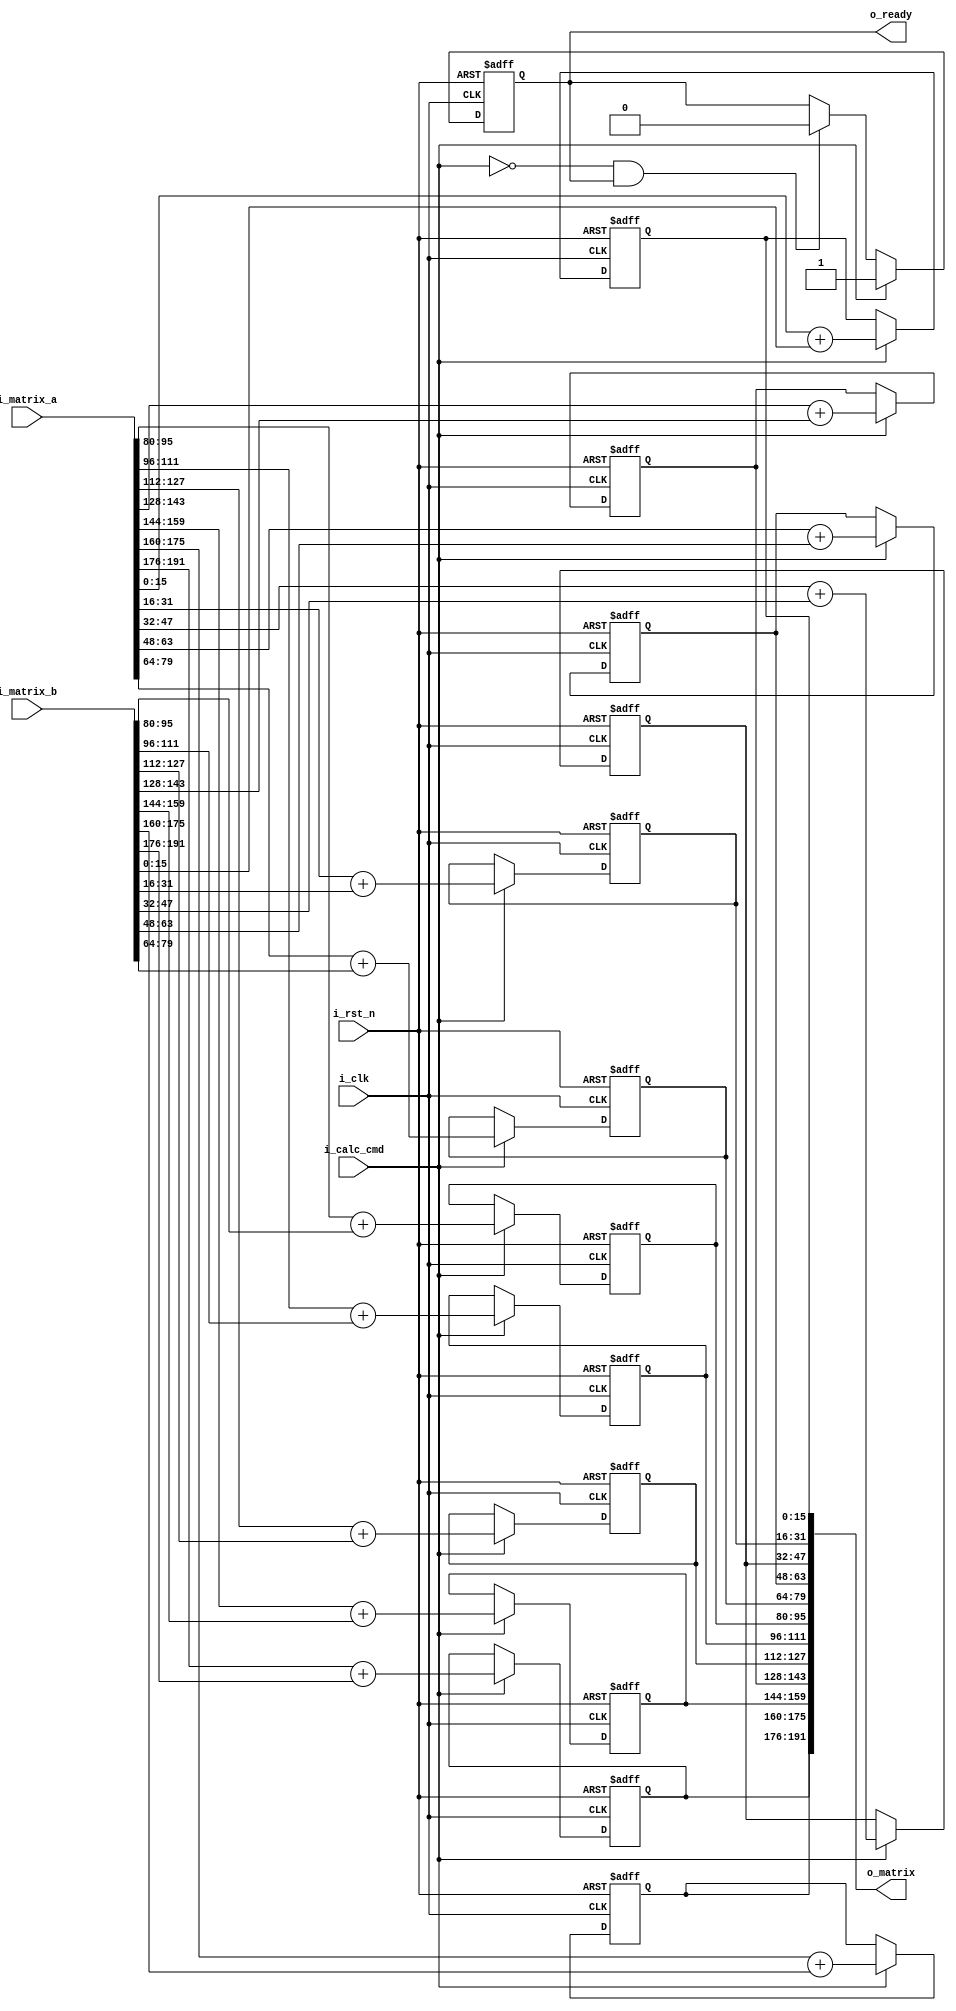
`timescale 1ns / 1ps

// Matrix:
// m = 4
// n = 3
// + +-----n-----+
// | |A11 A12 A13|
// m |A21 A22 A23|
// | |A31 A32 A33|
// | |A41 A42 A43|

module matrix_sum(i_clk, i_rst_n, i_calc_cmd, i_matrix_a, i_matrix_b, o_matrix, o_ready);

	parameter MATRIX_SIZE_M = 4;
	parameter MATRIX_SIZE_N = 3;
	parameter DATA_WIDTH = 16;
	localparam SIZE_BLOCK = MATRIX_SIZE_M * MATRIX_SIZE_N * DATA_WIDTH;

	input i_clk;
	input i_rst_n;
	input i_calc_cmd; // Sum command
	input [SIZE_BLOCK - 1 : 0] i_matrix_a; // Matrix A
	input [SIZE_BLOCK - 1 : 0] i_matrix_b; // Matrix B

	output [SIZE_BLOCK - 1 : 0] o_matrix; // Output amtrix A + B
	output o_ready; // Output state


	reg [DATA_WIDTH - 1 : 0] result_buffer [0 : MATRIX_SIZE_M * MATRIX_SIZE_N - 1];


	// Assign results
	generate
		genvar ai;
		for (ai = 0; ai < MATRIX_SIZE_M * MATRIX_SIZE_N; ai = ai + 1) begin : ASSIGN_RESULT
			assign o_matrix[ai * DATA_WIDTH +: DATA_WIDTH] = result_buffer[ai];
		end
	endgenerate

	// Assign output state
	reg ready;
	assign o_ready = ready;

	integer i, j;
		// Main calculations
	always @(posedge i_clk, negedge i_rst_n) begin : ALWAYS_LOGIC
		if (!i_rst_n) begin : RESET_LOGIC
			// reset result buffer
			for (i = 0; i < MATRIX_SIZE_M * MATRIX_SIZE_N; i = i + 1) begin : RESET_BUFFER_LOGIC
				result_buffer[i] <= 0;
			end
			// reset ready signal
			ready <= 1'b0;
		end else if (i_calc_cmd) begin : CALC_LOGIC
			ready <= 1'b1;
			for (i = 0; i < MATRIX_SIZE_M * MATRIX_SIZE_N; i = i + 1) begin : CALC_BUFFER_LOGIC
				result_buffer[i] <= i_matrix_a[i * DATA_WIDTH +: DATA_WIDTH] +
									i_matrix_b[i * DATA_WIDTH +: DATA_WIDTH];
			end
		end else if (!i_calc_cmd && ready) begin
			ready <= 1'b0;
		end
	end

endmodule